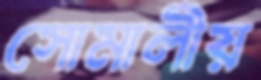
সোমালীয়